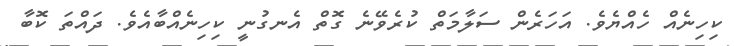
ކިހިނެއް ހެއްޔެވެ. އަހަރެން ސަލާމަތް ކުރެވޭނެ ގޮތް އެނގުނީ ކިހިނެއްބާއެވެ. ދައްތަ ކޮބާ